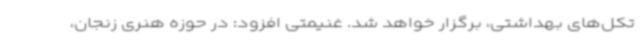
تکل‌های بهداشتی، برگزار خواهد شد. غنیمتی افزود: در حوزه هنری زنجان،